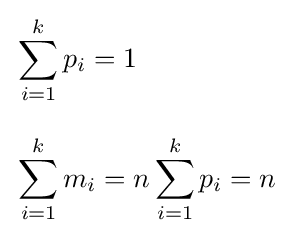
{\begin{aligned}&\sum _{i=1}^{k}{p_{i}}=1\\[8pt]&\sum _{i=1}^{k}{m_{i}}=n\sum _{i=1}^{k}{p_{i}}=n\end{aligned}}